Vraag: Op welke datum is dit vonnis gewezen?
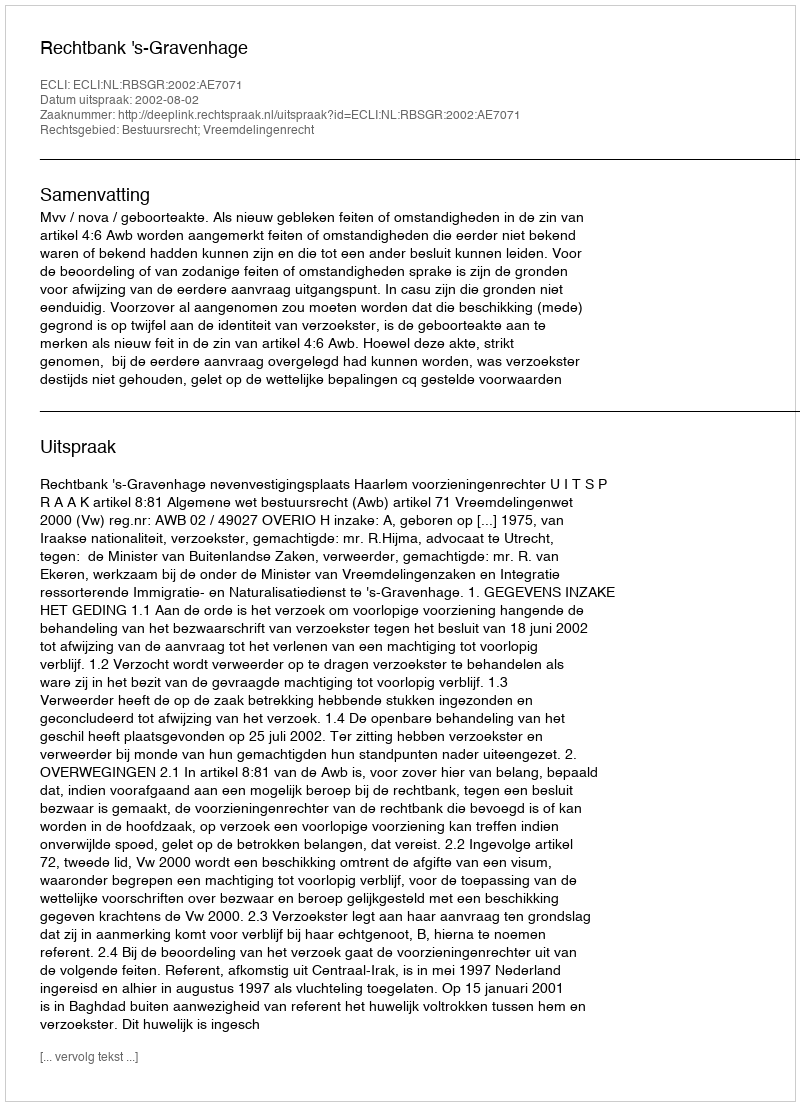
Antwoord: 2002-08-02